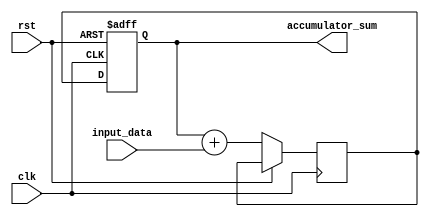
module accumulator (
    input wire clk,
    input wire rst,
    input wire [7:0] input_data,
    output reg [15:0] accumulator_sum
);

    reg [15:0] temp_sum;

    always @(posedge clk or posedge rst) begin
        if (rst) begin
            accumulator_sum <= 16'b0;
        end else begin
            temp_sum <= accumulator_sum + input_data;
            accumulator_sum <= temp_sum;
        end
    end

endmodule